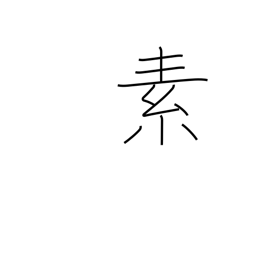
Meaning: principle